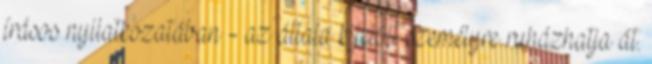
írásos nyilatkozatában - az általa kijelölt személyre ruházhatja át.